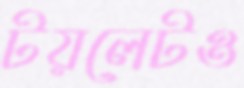
টয়লেটও